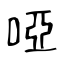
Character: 啞